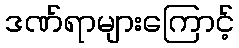
ဒဏ်ရာများကြောင့်